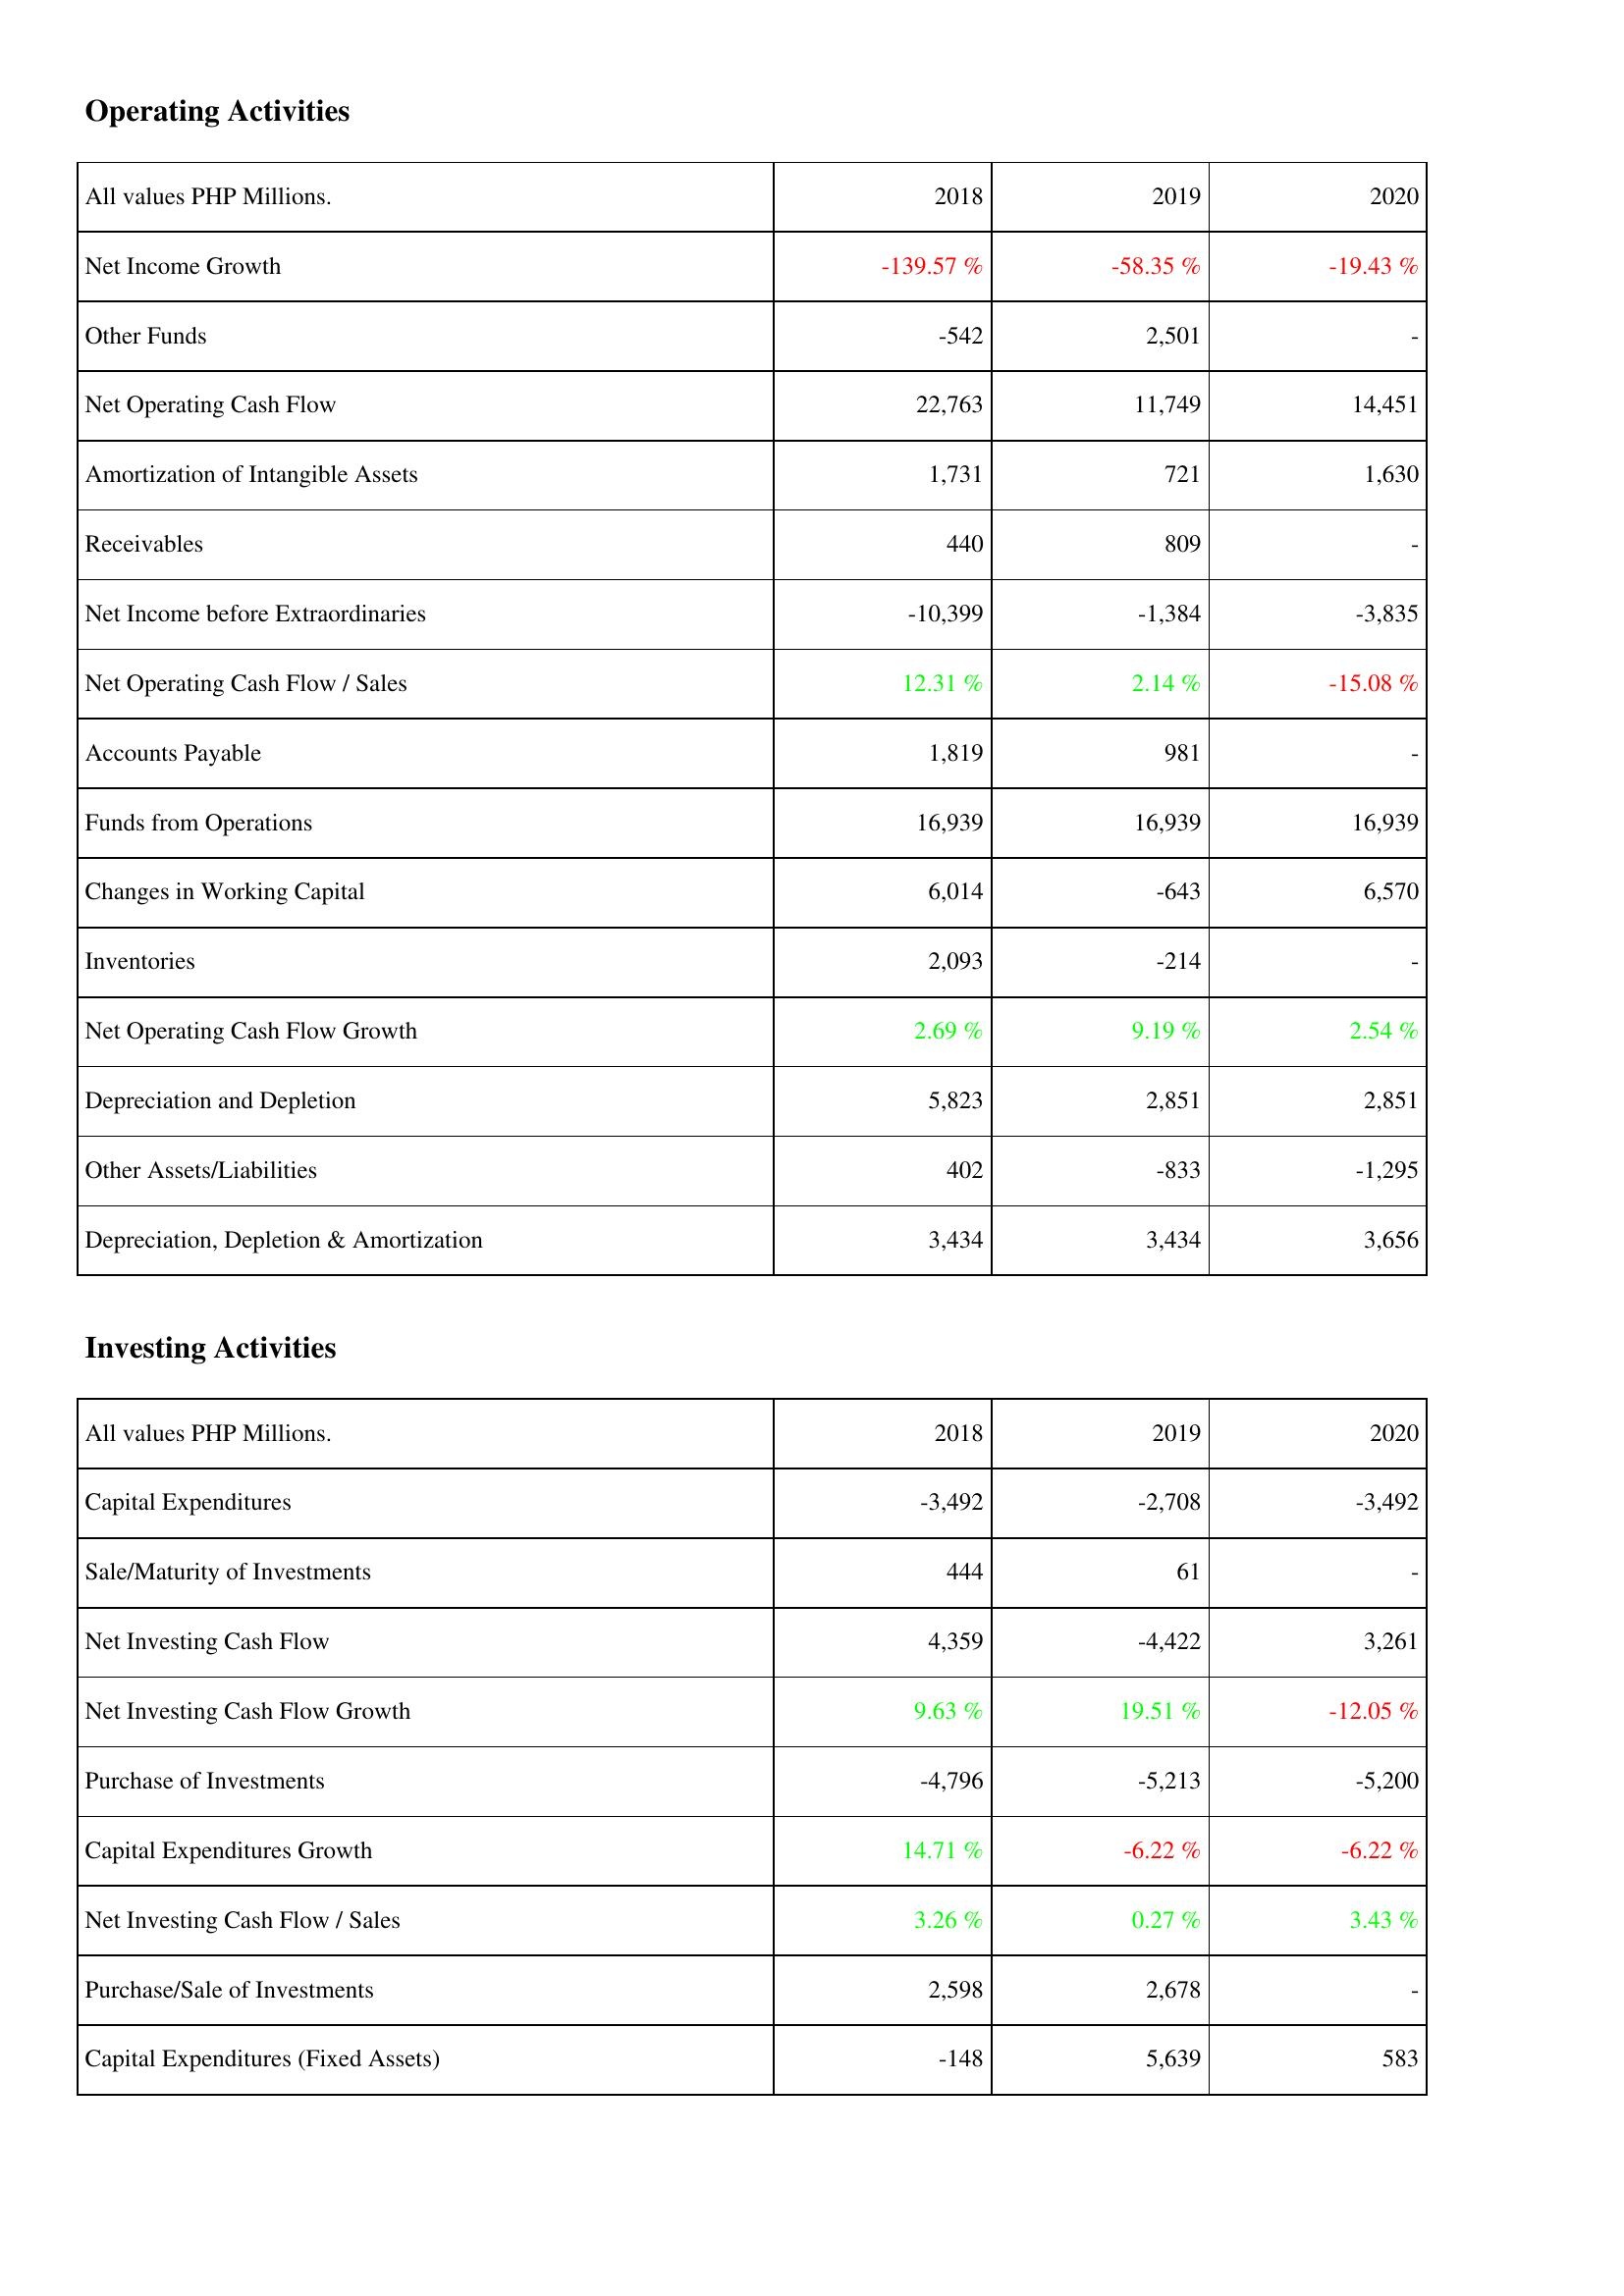
2018: Operating Activities: Net Income Growth: -139.57 %
Other Funds: -542
Net Operating Cash Flow: 22,763
Amortization of Intangible Assets: 1,731
Receivables: 440
Net Income before Extraordinaries: -10,399
Net Operating Cash Flow / Sales: 12.31 %
Accounts Payable: 1,819
Funds from Operations: 16,939
Changes in Working Capital: 6,014
Inventories: 2,093
Net Operating Cash Flow Growth: 2.69 %
Depreciation and Depletion: 5,823
Other Assets/Liabilities: 402
Depreciation, Depletion & Amortization: 3,434
Investing Activities: Capital Expenditures: -3,492
Sale/Maturity of Investments: 444
Net Investing Cash Flow: 4,359
Net Investing Cash Flow Growth: 9.63 %
Purchase of Investments: -4,796
Capital Expenditures Growth: 14.71 %
Net Investing Cash Flow / Sales: 3.26 %
Purchase/Sale of Investments: 2,598
Capital Expenditures (Fixed Assets): -148
2019: Operating Activities: Net Income Growth: -58.35 %
Other Funds: 2,501
Net Operating Cash Flow: 11,749
Amortization of Intangible Assets: 721
Receivables: 809
Net Income before Extraordinaries: -1,384
Net Operating Cash Flow / Sales: 2.14 %
Accounts Payable: 981
Funds from Operations: 16,939
Changes in Working Capital: -643
Inventories: -214
Net Operating Cash Flow Growth: 9.19 %
Depreciation and Depletion: 2,851
Other Assets/Liabilities: -833
Depreciation, Depletion & Amortization: 3,434
Investing Activities: Capital Expenditures: -2,708
Sale/Maturity of Investments: 61
Net Investing Cash Flow: -4,422
Net Investing Cash Flow Growth: 19.51 %
Purchase of Investments: -5,213
Capital Expenditures Growth: -6.22 %
Net Investing Cash Flow / Sales: 0.27 %
Purchase/Sale of Investments: 2,678
Capital Expenditures (Fixed Assets): 5,639
2020: Operating Activities: Net Income Growth: -19.43 %
Other Funds: -
Net Operating Cash Flow: 14,451
Amortization of Intangible Assets: 1,630
Receivables: -
Net Income before Extraordinaries: -3,835
Net Operating Cash Flow / Sales: -15.08 %
Accounts Payable: -
Funds from Operations: 16,939
Changes in Working Capital: 6,570
Inventories: -
Net Operating Cash Flow Growth: 2.54 %
Depreciation and Depletion: 2,851
Other Assets/Liabilities: -1,295
Depreciation, Depletion & Amortization: 3,656
Investing Activities: Capital Expenditures: -3,492
Sale/Maturity of Investments: -
Net Investing Cash Flow: 3,261
Net Investing Cash Flow Growth: -12.05 %
Purchase of Investments: -5,200
Capital Expenditures Growth: -6.22 %
Net Investing Cash Flow / Sales: 3.43 %
Purchase/Sale of Investments: -
Capital Expenditures (Fixed Assets): 583